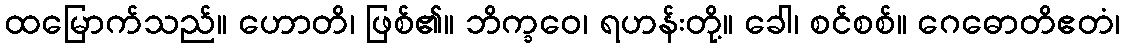
ထမြောက်သည်။ ဟောတိ၊ ဖြစ်၏။ ဘိက္ခဝေ၊ ရဟန်းတို့။ ခေါ၊ စင်စစ်။ ဂေဓောတိဧတံ၊